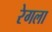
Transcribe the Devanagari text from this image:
रेगला